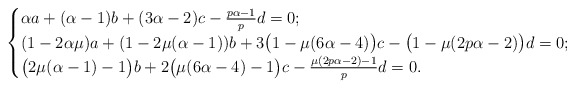
\begin{align*}\begin{cases}\alpha a+(\alpha-1)b+(3\alpha-2)c-\frac{p\alpha-1}{p}d=0;\\(1-2\alpha\mu)a+(1-2\mu(\alpha-1))b+3\big(1-\mu(6\alpha-4)\big)c-\big(1-\mu(2p\alpha-2)\big)d=0;\\\big(2\mu(\alpha-1)-1\big)b+2\big(\mu(6\alpha-4)-1\big)c-\frac{\mu(2p\alpha-2)-1}{p}d=0.\end{cases}\end{align*}